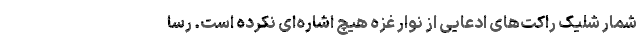
شمار شلیک راکت‌های ادعایی از نوار غزه هیچ اشاره‌ای نکرده است. رسا